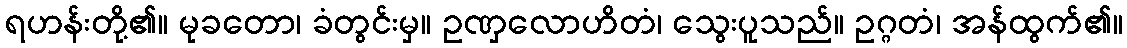
ရဟန်းတို့၏။ မုခတော၊ ခံတွင်းမှ။ ဥဏှလောဟိတံ၊ သွေးပူသည်။ ဥဂ္ဂတံ၊ အန်ထွက်၏။